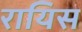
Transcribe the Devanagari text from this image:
रायिस